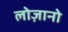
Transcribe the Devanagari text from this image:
लोज़ानो